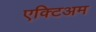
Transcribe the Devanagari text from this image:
एक्टिअम